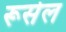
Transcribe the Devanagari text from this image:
रूसेल